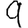
Digit: 9